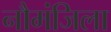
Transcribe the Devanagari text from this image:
नौमंजिला